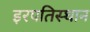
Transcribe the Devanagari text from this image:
इरपतिस्थान